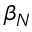
\beta _ { N }